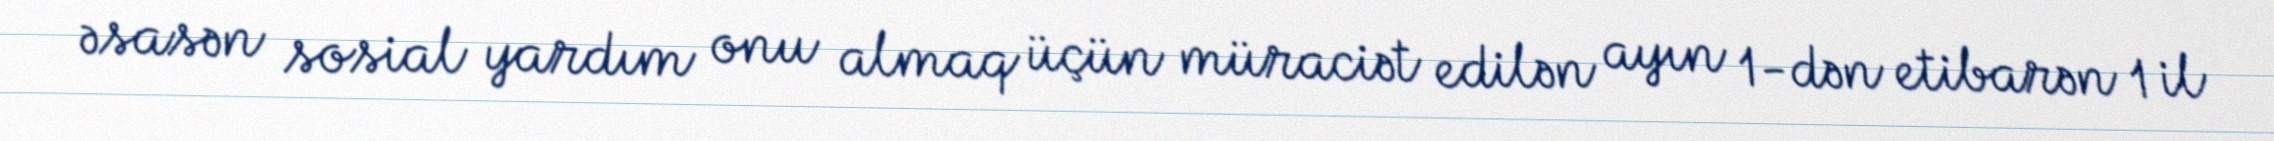
əsasən sosial yardım onu almaq üçün müraciət edilən ayın 1-dən etibarən 1 il